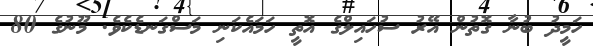
ހަމީދު ބުނާ ގޮތުން އޭރު ސުހައިލްގެ އޮތީ ހަމައެކަނި މަސްގަނޑެކެވެ. މޫނުގެ 80